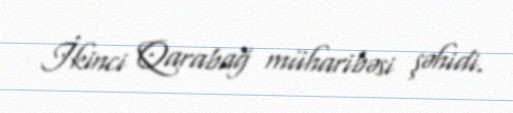
İkinci Qarabağ müharibəsi şəhidi.